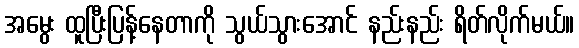
အမွေး ထူပြီးပြန့်နေတာကို သွယ်သွားအောင် နည်းနည်း ရိတ်လိုက်မယ်။